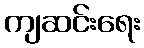
ကျဆင်းရေး